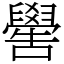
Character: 嚳